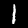
Label: 1